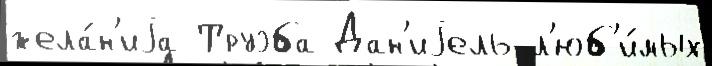
жела́н'иjа Труэба Дан'иjель л'юб'и́мых